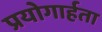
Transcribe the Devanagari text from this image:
प्रयोगार्हता